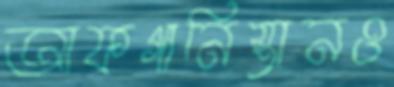
আফগানিস্তানও